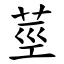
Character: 莖